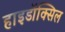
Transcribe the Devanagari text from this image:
हाइडॉक्सिल